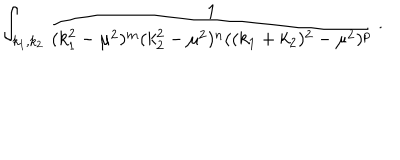
LaTeX: \int _ { k _ { 1 } , k _ { 2 } } \frac { 1 } { ( k _ { 1 } ^ { 2 } - \mu ^ { 2 } ) ^ { m } ( k _ { 2 } ^ { 2 } - \mu ^ { 2 } ) ^ { n } ( ( k _ { 1 } + k _ { 2 } ) ^ { 2 } - \mu ^ { 2 } ) ^ { p } } \, .